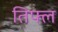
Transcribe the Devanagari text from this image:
तिफ्ल